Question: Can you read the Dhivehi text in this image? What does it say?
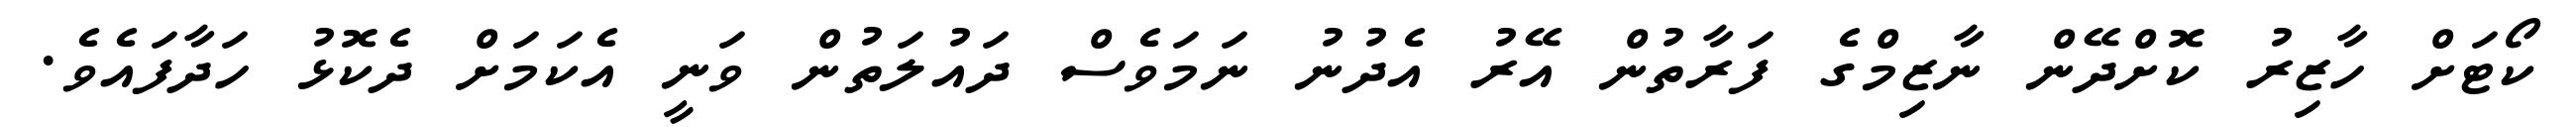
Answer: ކޯޓަށް ހާޒިރު ކޮށްދޭން ނާޒިމްގެ ފަރާތުން އޭރު އެދުނު ނަމަވެސް ދައުލަތުން ވަނީ އެކަމަށް ދެކޮޅު ހަދާފައެވެ.